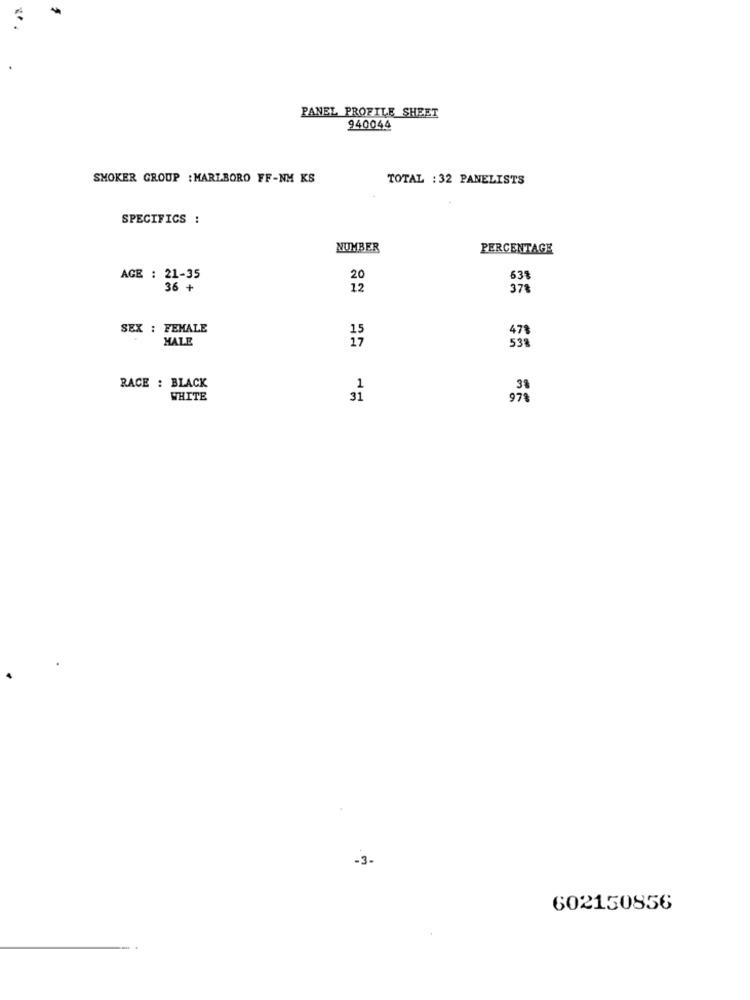
PANEL PROFILE SHEET
940044
SMOKER GROUP : MARLBORO FF-NM KS
TOTAL : 32 PANELISTS
SPECIFICS :
NUMBER
PERCENTAGE
AGE : 21-35
638
36 +
12
378
SEX : FEMALE
MALE
538
RACE : BLACK
WHITE
-3-
602150856